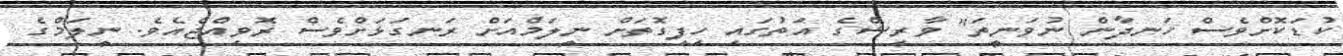
ކުޑަކޮށްވެސް ހަނދާން ނުވަނީތަ" ވާރިޝްގެ އަތުގައި ހިފިގޮތަށް ނީލަމްއަށް ރަނގަޅަށްވެސް ރޮވިއްޖެއެވެ. ނީލަމްގެ